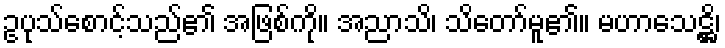
ဥပုသ်စောင့်သည်၏ အဖြစ်ကို။ အညာသိ၊ သိတော်မူ၏။ မဟာသေဋ္ဌိ၊